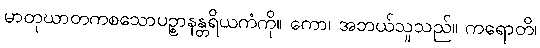
မာတုဃာတကစသောပဉ္စာနန္တရိယကံကို။ ကော၊ အဘယ်သူသည်။ ကရောတိ၊